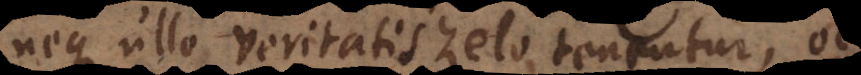
eque ullo veritatis zelo tenentur, occ